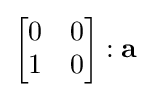
{\begin{bmatrix}0&0\\1&0\end{bmatrix}}:\mathbf {a}